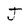
Character: J